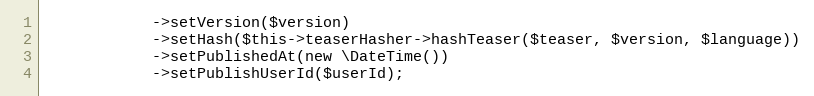
Language: PHP
            ->setVersion($version)
            ->setHash($this->teaserHasher->hashTeaser($teaser, $version, $language))
            ->setPublishedAt(new \DateTime())
            ->setPublishUserId($userId);